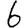
Digit: 6